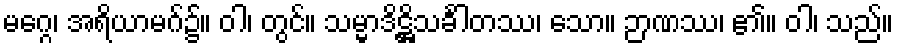
မဂ္ဂေ၊ အရိယာမဂ်၌။ ဝါ၊ တွင်။ သမ္မာဒိဋ္ဌိသင်္ခါတဿ၊ သော။ ဉာဏဿ၊ ၏။ ဝါ၊ သည်။